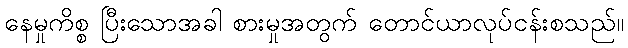
နေမှုကိစ္စ ပြီးသောအခါ စားမှုအတွက် တောင်ယာလုပ်ငန်းစသည်။